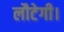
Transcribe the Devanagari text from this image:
लौटेगी।